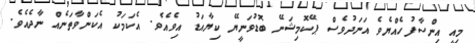
މިއީ އިންސާފުހެއްޔެވެ އަނަދުވެސް ޕޭކޮމިޝަނޭ ބޮޑުވަނީޔޭ ކިޔާއަޑު އިވެއެވެ. އެކަމަކު އެކަންވާތަނެއް ނާދެއެވެ.